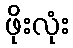
ဖိုးလုံး